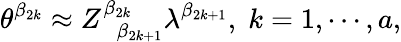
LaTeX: \theta^{\beta_{2k}}\approx Z_{\; \; \beta_{2k+1}}^{\beta_{2k}}\lambda^{\beta_{2k+1}},\; k=1,\cdots,a,